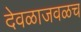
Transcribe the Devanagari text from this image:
देवळाजवळच